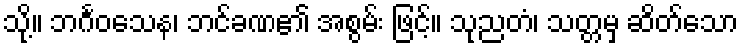
သို့။ ဘင်္ဂဝသေန၊ ဘင်ခဏ၏ အစွမ်း ဖြင့်။ သုညတံ၊ သတ္တမှ ဆိတ်သော